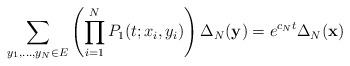
LaTeX: \begin{align*}\sum_{y_1, \ldots, y_N\in E}{\left( \prod_{i=1}^N{P_1(t; x_i, y_i)} \right) \Delta_N(\mathbf{y})} = e^{c_Nt}\Delta_N(\mathbf{x})\end{align*}